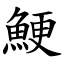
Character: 鯁